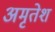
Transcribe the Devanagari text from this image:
अमृतेश